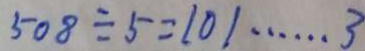
5 0 8 \div 5 = 1 0 1 \cdots 3